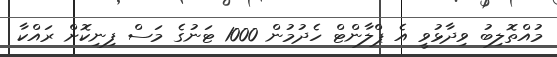
މުއްތޮލިބު ވިދާޅުވީ އެ ޕްލާންޓް ހެދުމުން 1000 ޓަނުގެ މަސް ފިނިކޮށް ރައްކާ